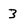
Character: 3